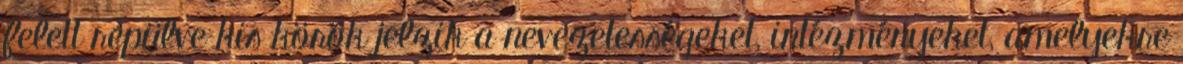
felett repülve kis körök jelzik a nevezetességeket, intézményeket, amelyekre